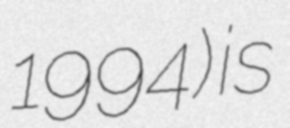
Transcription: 1994) is